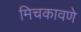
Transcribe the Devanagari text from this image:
मिचकावणे